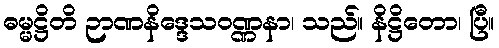
ဓမ္မဋ္ဌိတိ ဉာဏနိဒ္ဒေသဝဏ္ဏနာ၊ သည်။ နိဋ္ဌိတော၊ ပြီ။